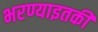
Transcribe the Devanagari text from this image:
भरण्याइतकी